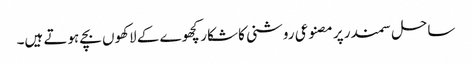
ساحل سمندر پر مصنوعی روشنی کا شکار کچھوے کے لاکھوں بچے ہوتے ہیں۔